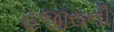
હજીરાની